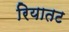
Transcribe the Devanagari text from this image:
रियातट